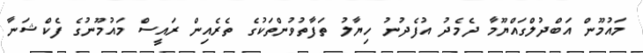
މައުމޫން އަބްދުލްގައްޔޫމާ ދެމެދު އުފެދުނު ހިޔާލު ތަފާތުވުންތަކުގެ ތެރެއިން ރައީސް މައުމޫނުގެ ފެކްޝަނާ